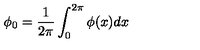
\phi _ { 0 } = \frac 1 { 2 \pi } \int _ { 0 } ^ { 2 \pi } \phi ( x ) d x